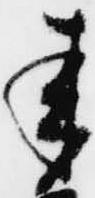
来